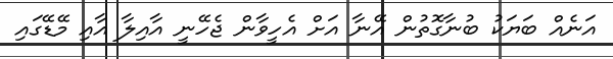
އަނެއް ބަޔަކު ބުނާގޮތުން އޭނާ އަށް އެހީވާން ޖެހޭނީ އާއިލާ އާއި މޭޑޭގައި